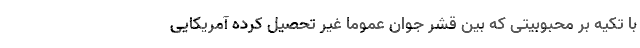
با تکیه بر محبوبیتی که بین قشر جوان عموما غیر تحصیل کرده آمریکایی